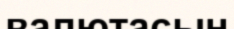
валютасын